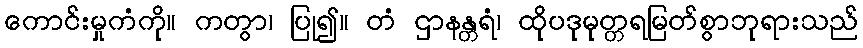
ကောင်းမှုကံကို။ ကတွာ၊ ပြု၍။ တံ ဌာနန္တရံ၊ ထိုပဒုမုတ္တရမြတ်စွာဘုရားသည်